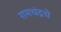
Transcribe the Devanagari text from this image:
रामचंद्रचे